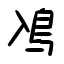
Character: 鳰